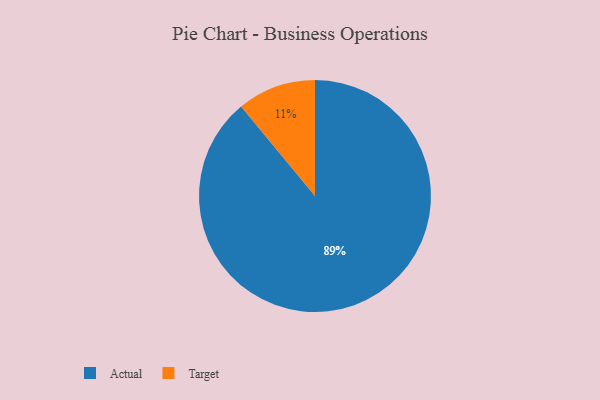
{"axis": {"x": "Category", "y": "Percentage"}, "legend": ["Actual", "Target"], "data": [{"x": "Actual", "y": 89, "type": "Actual"}, {"x": "Target", "y": 11, "type": "Target"}]}